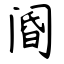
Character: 阍